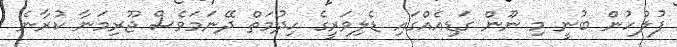
ފުލުހުން ބުނީ މި ނޫން ގަޑިއެއްގައި ޑެލިވަރީގެ ހިދުމަތް ދޭނަމަވެސް ޖޫރިމަނާ ކުރާނެ